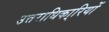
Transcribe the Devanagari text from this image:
उत्तराधिका्रियों